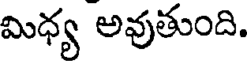
మిధ్య అవుతుంది.